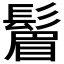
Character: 𬴮